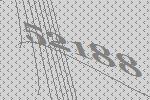
52188